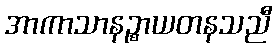
အာကာသာနဉ္စာယတနသညီ